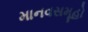
માનવસમૂહો